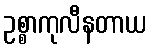
ဥစ္စာကုလီနတာယ